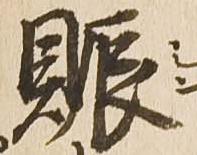
賑